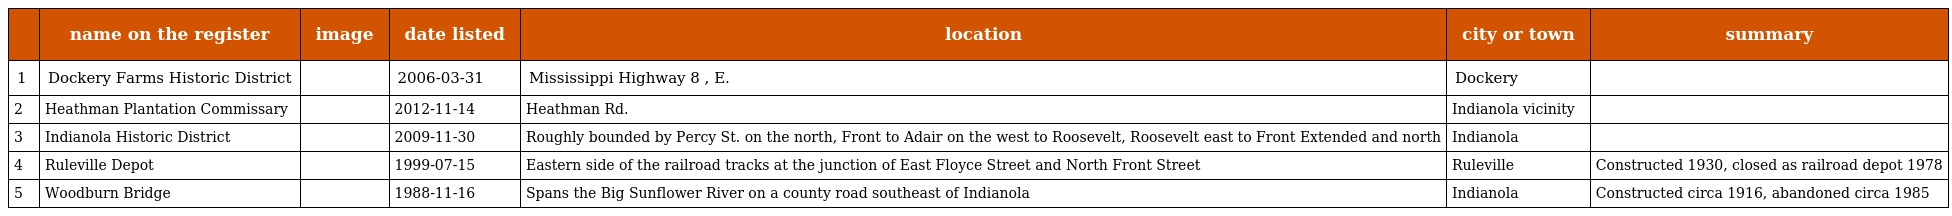
|  | name on the register | image | date listed | location | city or town | summary |
 | --- | --- | --- | --- | --- | --- | --- |
 | 1 | Dockery Farms Historic District |  | 2006-03-31 | Mississippi Highway 8 , E. | Dockery |  |
 | 2 | Heathman Plantation Commissary |  | 2012-11-14 | Heathman Rd. | Indianola vicinity |  |
 | 3 | Indianola Historic District |  | 2009-11-30 | Roughly bounded by Percy St. on the north, Front to Adair on the west to Roosevelt, Roosevelt east to Front Extended and north | Indianola |  |
 | 4 | Ruleville Depot |  | 1999-07-15 | Eastern side of the railroad tracks at the junction of East Floyce Street and North Front Street | Ruleville | Constructed 1930, closed as railroad depot 1978 |
 | 5 | Woodburn Bridge |  | 1988-11-16 | Spans the Big Sunflower River on a county road southeast of Indianola | Indianola | Constructed circa 1916, abandoned circa 1985 |